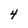
Character: 4